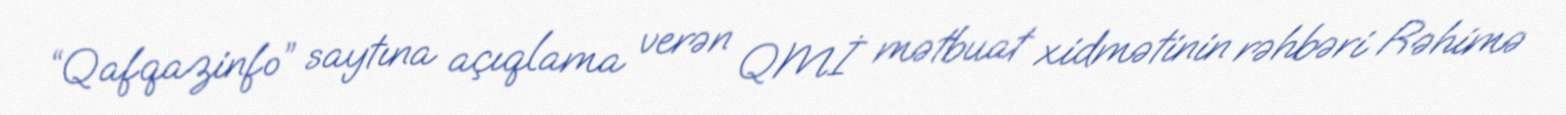
“Qafqazinfo” saytına açıqlama verən QMİ mətbuat xidmətinin rəhbəri Rəhimə